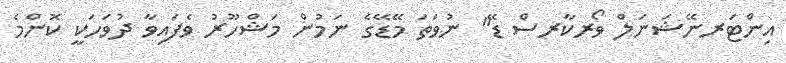
އިންޓަރނޭޝަނަލް ވޯރކާރސް ޑޭ" ނުވަތަ މޭޑޭގެ ނަމުން މަޝްހޫރު ވެފައިވާ ދުވަހަކީ ކޮންމެ